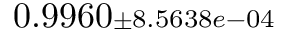
0 . 9 9 6 0 { \scriptstyle \pm 8 . 5 6 3 8 e - 0 4 }